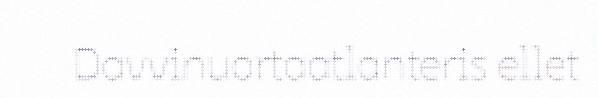
Davvinuortaatlanteris ellet